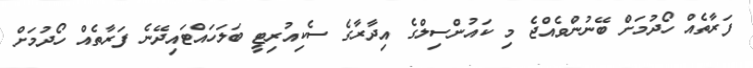
ފަރާތެއް ހޯދުމަށް ބޭނުންވެއްޖެ މި ކައުންސިލްގެ އިދާރާގެ ސެކިއުރިޓީ ބަލަހައްޓައިދޭނެ ފަރާތެއް ހޯދުމަށް